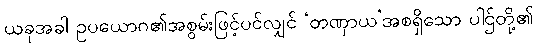
ယခုအခါ ဥပယောဂ၏အစွမ်းဖြင့်ပင်လျှင် ‘တဏှာယ’အစရှိသော ပါဌ်တို့၏